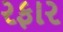
રફાર